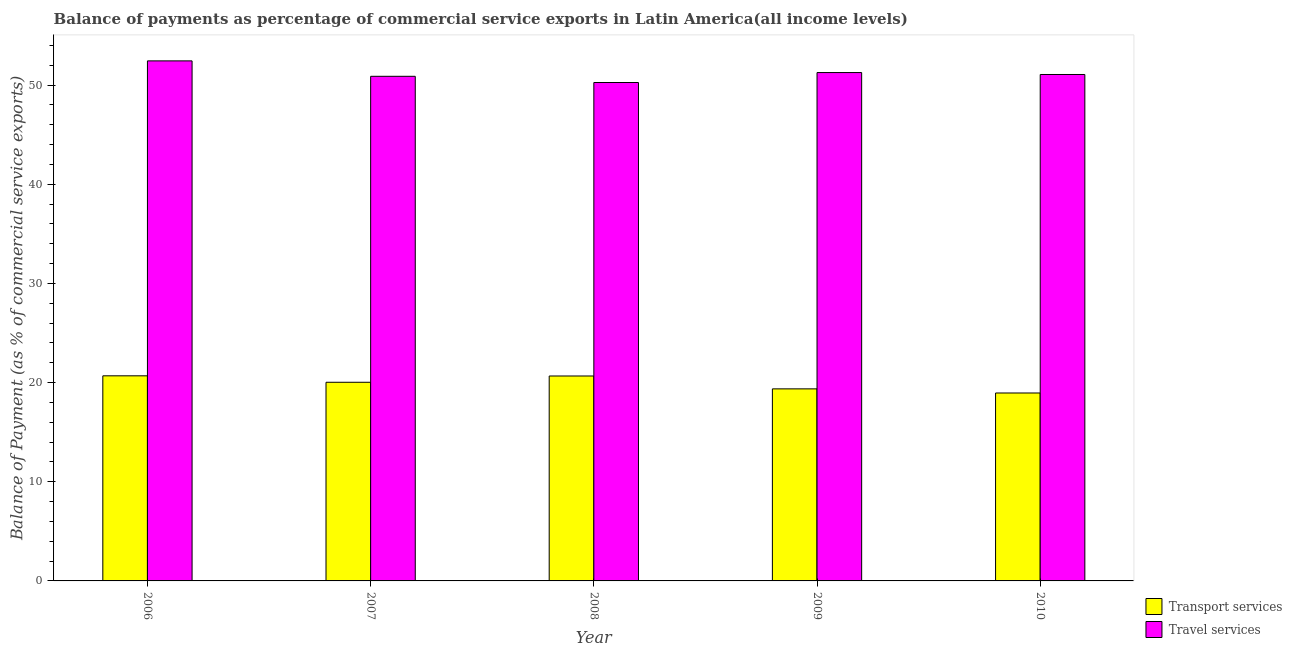
| Year | Transport services | Travel services |
 | --- | --- | --- |
 | 2006 | 20.7 | 52.4 |
 | 2007 | 20 | 50.9 |
 | 2008 | 20.7 | 50.3 |
 | 2009 | 19.4 | 51.3 |
 | 2010 | 19 | 51.1 |